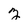
Character: z